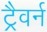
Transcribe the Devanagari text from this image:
ट्रैवर्न